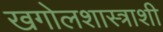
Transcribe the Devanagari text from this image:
खगोलशास्त्राशी